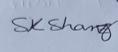
Signature authenticity: genuine